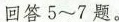
回答5~7题。